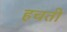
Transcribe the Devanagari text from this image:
हचती